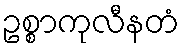
ဥစ္စာကုလီနတံ